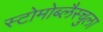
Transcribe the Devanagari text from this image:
स्टोमोब्लैस्चुला